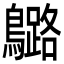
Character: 𪆬